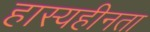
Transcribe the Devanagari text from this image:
हास्यहीनता